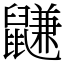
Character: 鼸